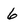
Character: 6